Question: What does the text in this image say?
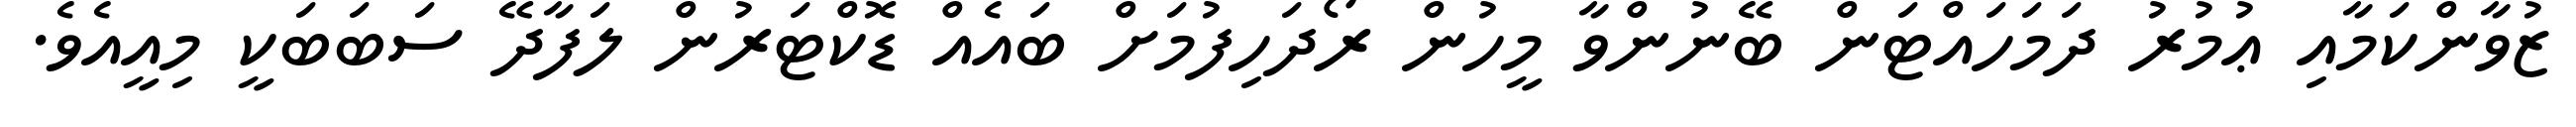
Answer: ޒުވާންކަމާއި ޢުމުރު ދަމަހައްޓަން ބޭނުންވާ މީހުން ރޯދަހިފުމަށް ބައެއް ޑޮކްޓަރުން ލަފާދޭ ސަބަބަކީ މިއީއެވެ.